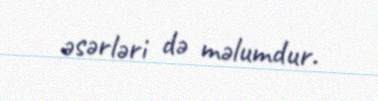
əsərləri də məlumdur.